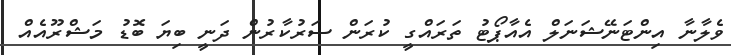
ވެލާނާ އިންޓަނޭޝަނަލް އެއާޕޯޓު ތަރައްގީ ކުރަން ސަރުކާރުން ދަނީ ބިޔަ ބޮޑު މަޝްރޫއެއް